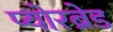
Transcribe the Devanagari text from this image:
प्योरब्रेड